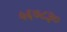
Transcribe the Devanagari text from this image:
५६७८३०